Leprosy in India: report of the Leprosy Commission in India, 1890-91
Year: 1890
Disease focus: Leprosy
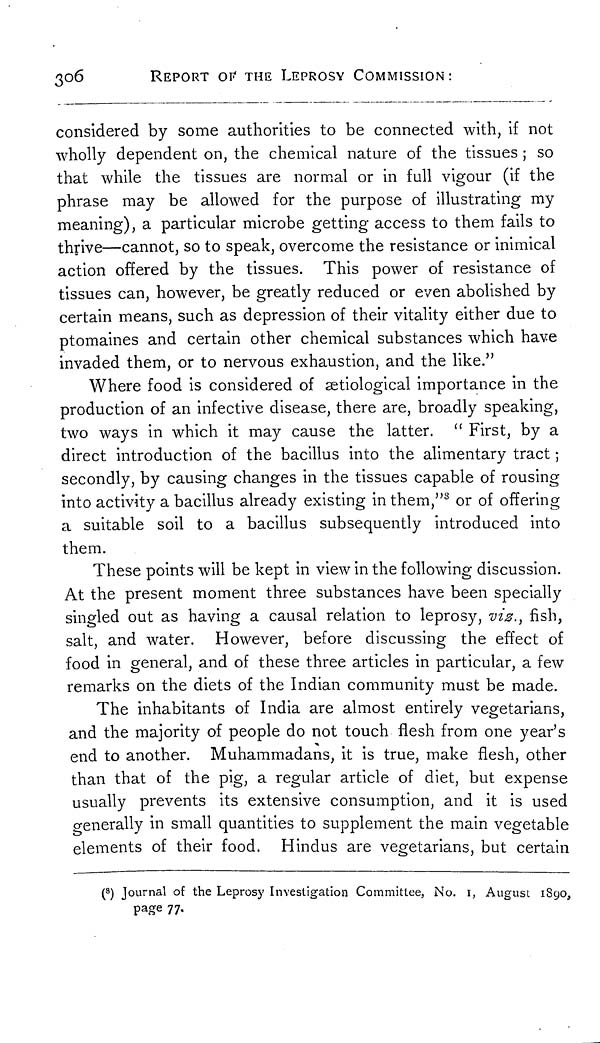
306
REPORT OF THE LEPROSY COMMISSION :
considered by some authorities to be connected with, if not
wholly dependent on, the chemical nature of the tissues ; so
that while the tissues are normal or in full vigour (if the
phrase may be allowed for the purpose of illustrating my
meaning), a particular microbe getting access to them fails to
thrive—cannot, so to speak, overcome the resistance or inimical
action offered by the tissues. This power of resistance of
tissues can, however, be greatly reduced or even abolished by
certain means, such as depression of their vitality either due to
ptomaines and certain other chemical substances which have
invaded them, or to nervous exhaustion, and the like."
Where food is considered of ætiological importance in the
production of an infective disease, there are, broadly speaking,
two ways in which it may cause the latter. " First, by a
direct introduction of the bacillus into the alimentary tract ;
secondly, by causing changes in the tissues capable of rousing
into activity a bacillus already existing in them," 8 or of offering
a suitable soil to a bacillus subsequently introduced into
them.
These points will be kept in view in the following discussion.
At the present moment three substances have been specially
singled out as having a causal relation to leprosy, vis., fish,
salt, and water. However, before discussing the effect of
food in general, and of these three articles in particular, a few
remarks on the diets of the Indian community must be made.
The inhabitants of India are almost entirely vegetarians,
and the majority of people do not touch flesh from one year's
end to another. Muhammadans, it is true, make flesh, other
than that of the pig, a regular article of diet, but expense
usually prevents its extensive consumption, and it is used
generally in small quantities to supplement the main vegetable
elements of their food. Hindus are vegetarians, but certain
( 8 ) Journal of the Leprosy Investigation Committee, No. 1, August 1890,
page 77.